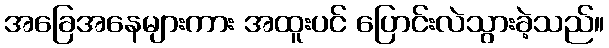
အခြေအနေများကား အထူးပင် ပြောင်းလဲသွားခဲ့သည်။